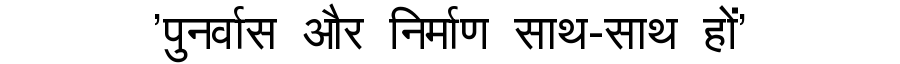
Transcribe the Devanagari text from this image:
'पुनर्वास और निर्माण साथ-साथ हों'